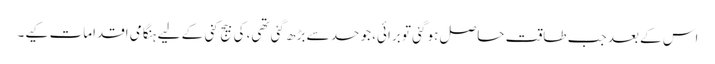
اس کے بعد جب طاقت حاصل ہو گئی تو برائی، جو حد سے بڑھ گئی تھی، کی بیج کنی کے لیے ہنگامی اقدامات کیے۔